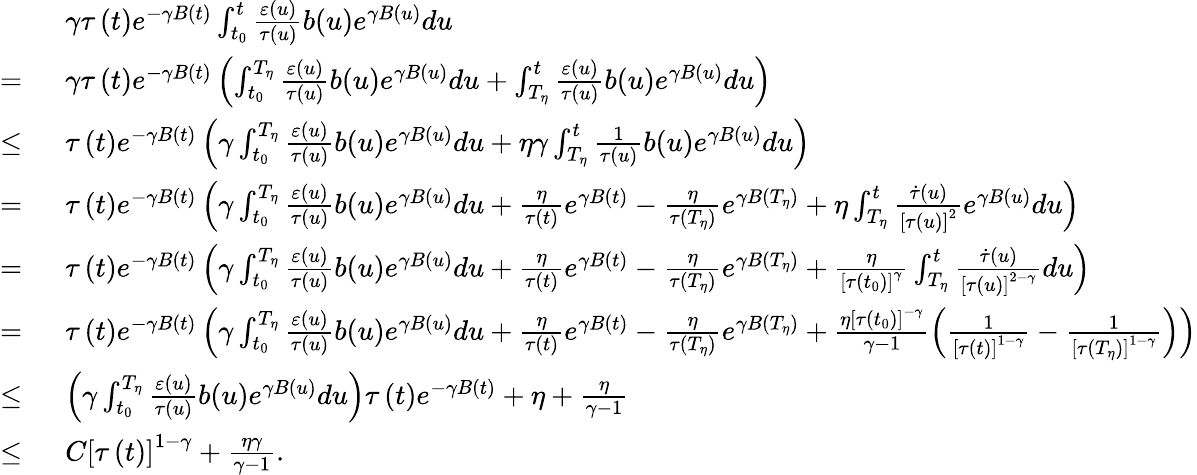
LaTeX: \begin{array}{rl}&{\gamma\tau\left(t\right)e^{-\gamma B(t)}\int_{t_{0}}^{t}\frac{\varepsilon\left(u\right)}{\tau\left(u\right)}b(u)e^{\gamma B(u)}du}\\ {=\ }&{\gamma\tau\left(t\right)e^{-\gamma B(t)}\left(\int_{t_{0}}^{T_{\eta}}\frac{\varepsilon\left(u\right)}{\tau\left(u\right)}b(u)e^{\gamma B(u)}du+\int_{T_{\eta}}^{t}\frac{\varepsilon\left(u\right)}{\tau\left(u\right)}b(u)e^{\gamma B(u)}du\right)}\\ {\leq\ }&{\tau\left(t\right)e^{-\gamma B(t)}\left(\gamma\int_{t_{0}}^{T_{\eta}}\frac{\varepsilon\left(u\right)}{\tau\left(u\right)}b(u)e^{\gamma B(u)}du+\eta\gamma\int_{T_{\eta}}^{t}\frac{1}{\tau\left(u\right)}b(u)e^{\gamma B(u)}du\right)}\\ {=\ }&{\tau\left(t\right)e^{-\gamma B(t)}\left(\gamma\int_{t_{0}}^{T_{\eta}}\frac{\varepsilon\left(u\right)}{\tau\left(u\right)}b(u)e^{\gamma B(u)}du+\frac{\eta}{\tau\left(t\right)}e^{\gamma B(t)}-\frac{\eta}{\tau\left(T_{\eta}\right)}e^{\gamma B(T_{\eta})}+\eta\int_{T_{\eta}}^{t}\frac{\dot{\tau}\left(u\right)}{\left[\tau\left(u\right)\right]^{2}}e^{\gamma B(u)}du\right)}\\ {=\ }&{\tau\left(t\right)e^{-\gamma B(t)}\left(\gamma\int_{t_{0}}^{T_{\eta}}\frac{\varepsilon\left(u\right)}{\tau\left(u\right)}b(u)e^{\gamma B(u)}du+\frac{\eta}{\tau\left(t\right)}e^{\gamma B(t)}-\frac{\eta}{\tau\left(T_{\eta}\right)}e^{\gamma B(T_{\eta})}+\frac{\eta}{\left[\tau\left(t_{0}\right)\right]^{\gamma}}\int_{T_{\eta}}^{t}\frac{\dot{\tau}\left(u\right)}{\left[\tau\left(u\right)\right]^{2-\gamma}}du\right)}\\ {=\ }&{\tau\left(t\right)e^{-\gamma B(t)}\left(\gamma\int_{t_{0}}^{T_{\eta}}\frac{\varepsilon\left(u\right)}{\tau\left(u\right)}b(u)e^{\gamma B(u)}du+\frac{\eta}{\tau\left(t\right)}e^{\gamma B(t)}-\frac{\eta}{\tau\left(T_{\eta}\right)}e^{\gamma B(T_{\eta})}+\frac{\eta\left[\tau\left(t_{0}\right)\right]^{-\gamma}}{\gamma-1}\left(\frac{1}{\left[\tau\left(t\right)\right]^{1-\gamma}}-\frac{1}{\left[\tau\left(T_{\eta}\right)\right]^{1-\gamma}}\right)\right)}\\ {\leq\ }&{\left(\gamma\int_{t_{0}}^{T_{\eta}}\frac{\varepsilon\left(u\right)}{\tau\left(u\right)}b(u)e^{\gamma B(u)}du\right)\tau\left(t\right)e^{-\gamma B(t)}+\eta+\frac{\eta}{\gamma-1}}\\ {\leq\ }&{C\left[\tau\left(t\right)\right]^{1-\gamma}+\frac{\eta\gamma}{\gamma-1}.}\end{array}